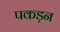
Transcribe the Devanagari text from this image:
पकड़न